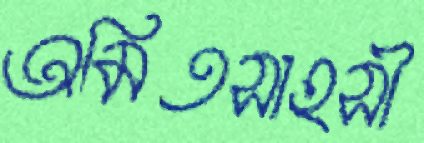
অমিতসাহসী